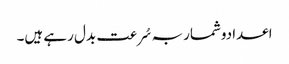
اعدادوشمار بہ سُرعت بدل رہے ہیں۔